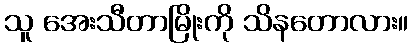
သူ အေးသီတာမြိုးကို သိနတောလား။